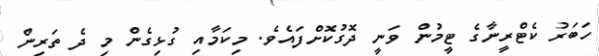
ހަބަރު ކެޓްރީނާގެ ޓީމުން ވަނީ ދޮގުކޮށްފައެވެ. މިކަމާއި ގުޅިގެން މި ދެ ތަރިން